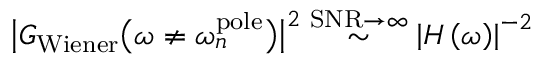
\big | G _ { \mathrm { W i e n e r } } \big ( \omega \neq \omega _ { n } ^ { \mathrm { p o l e } } \big ) \big | ^ { 2 } \stackrel { \mathrm { S N R } \to \infty } { \sim } \left| H \left( \omega \right) \right| ^ { - 2 }